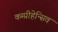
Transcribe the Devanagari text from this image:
कम्प्रीहेन्सिव